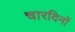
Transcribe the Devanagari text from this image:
चारदिनों